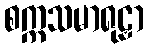
စက္ကသမာရုဠှာ